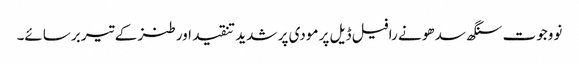
نووجوت سنگھ سدھو نے رافیل ڈیل پر مودی پر شدید تنقید اور طنز کے تیر برسائے۔